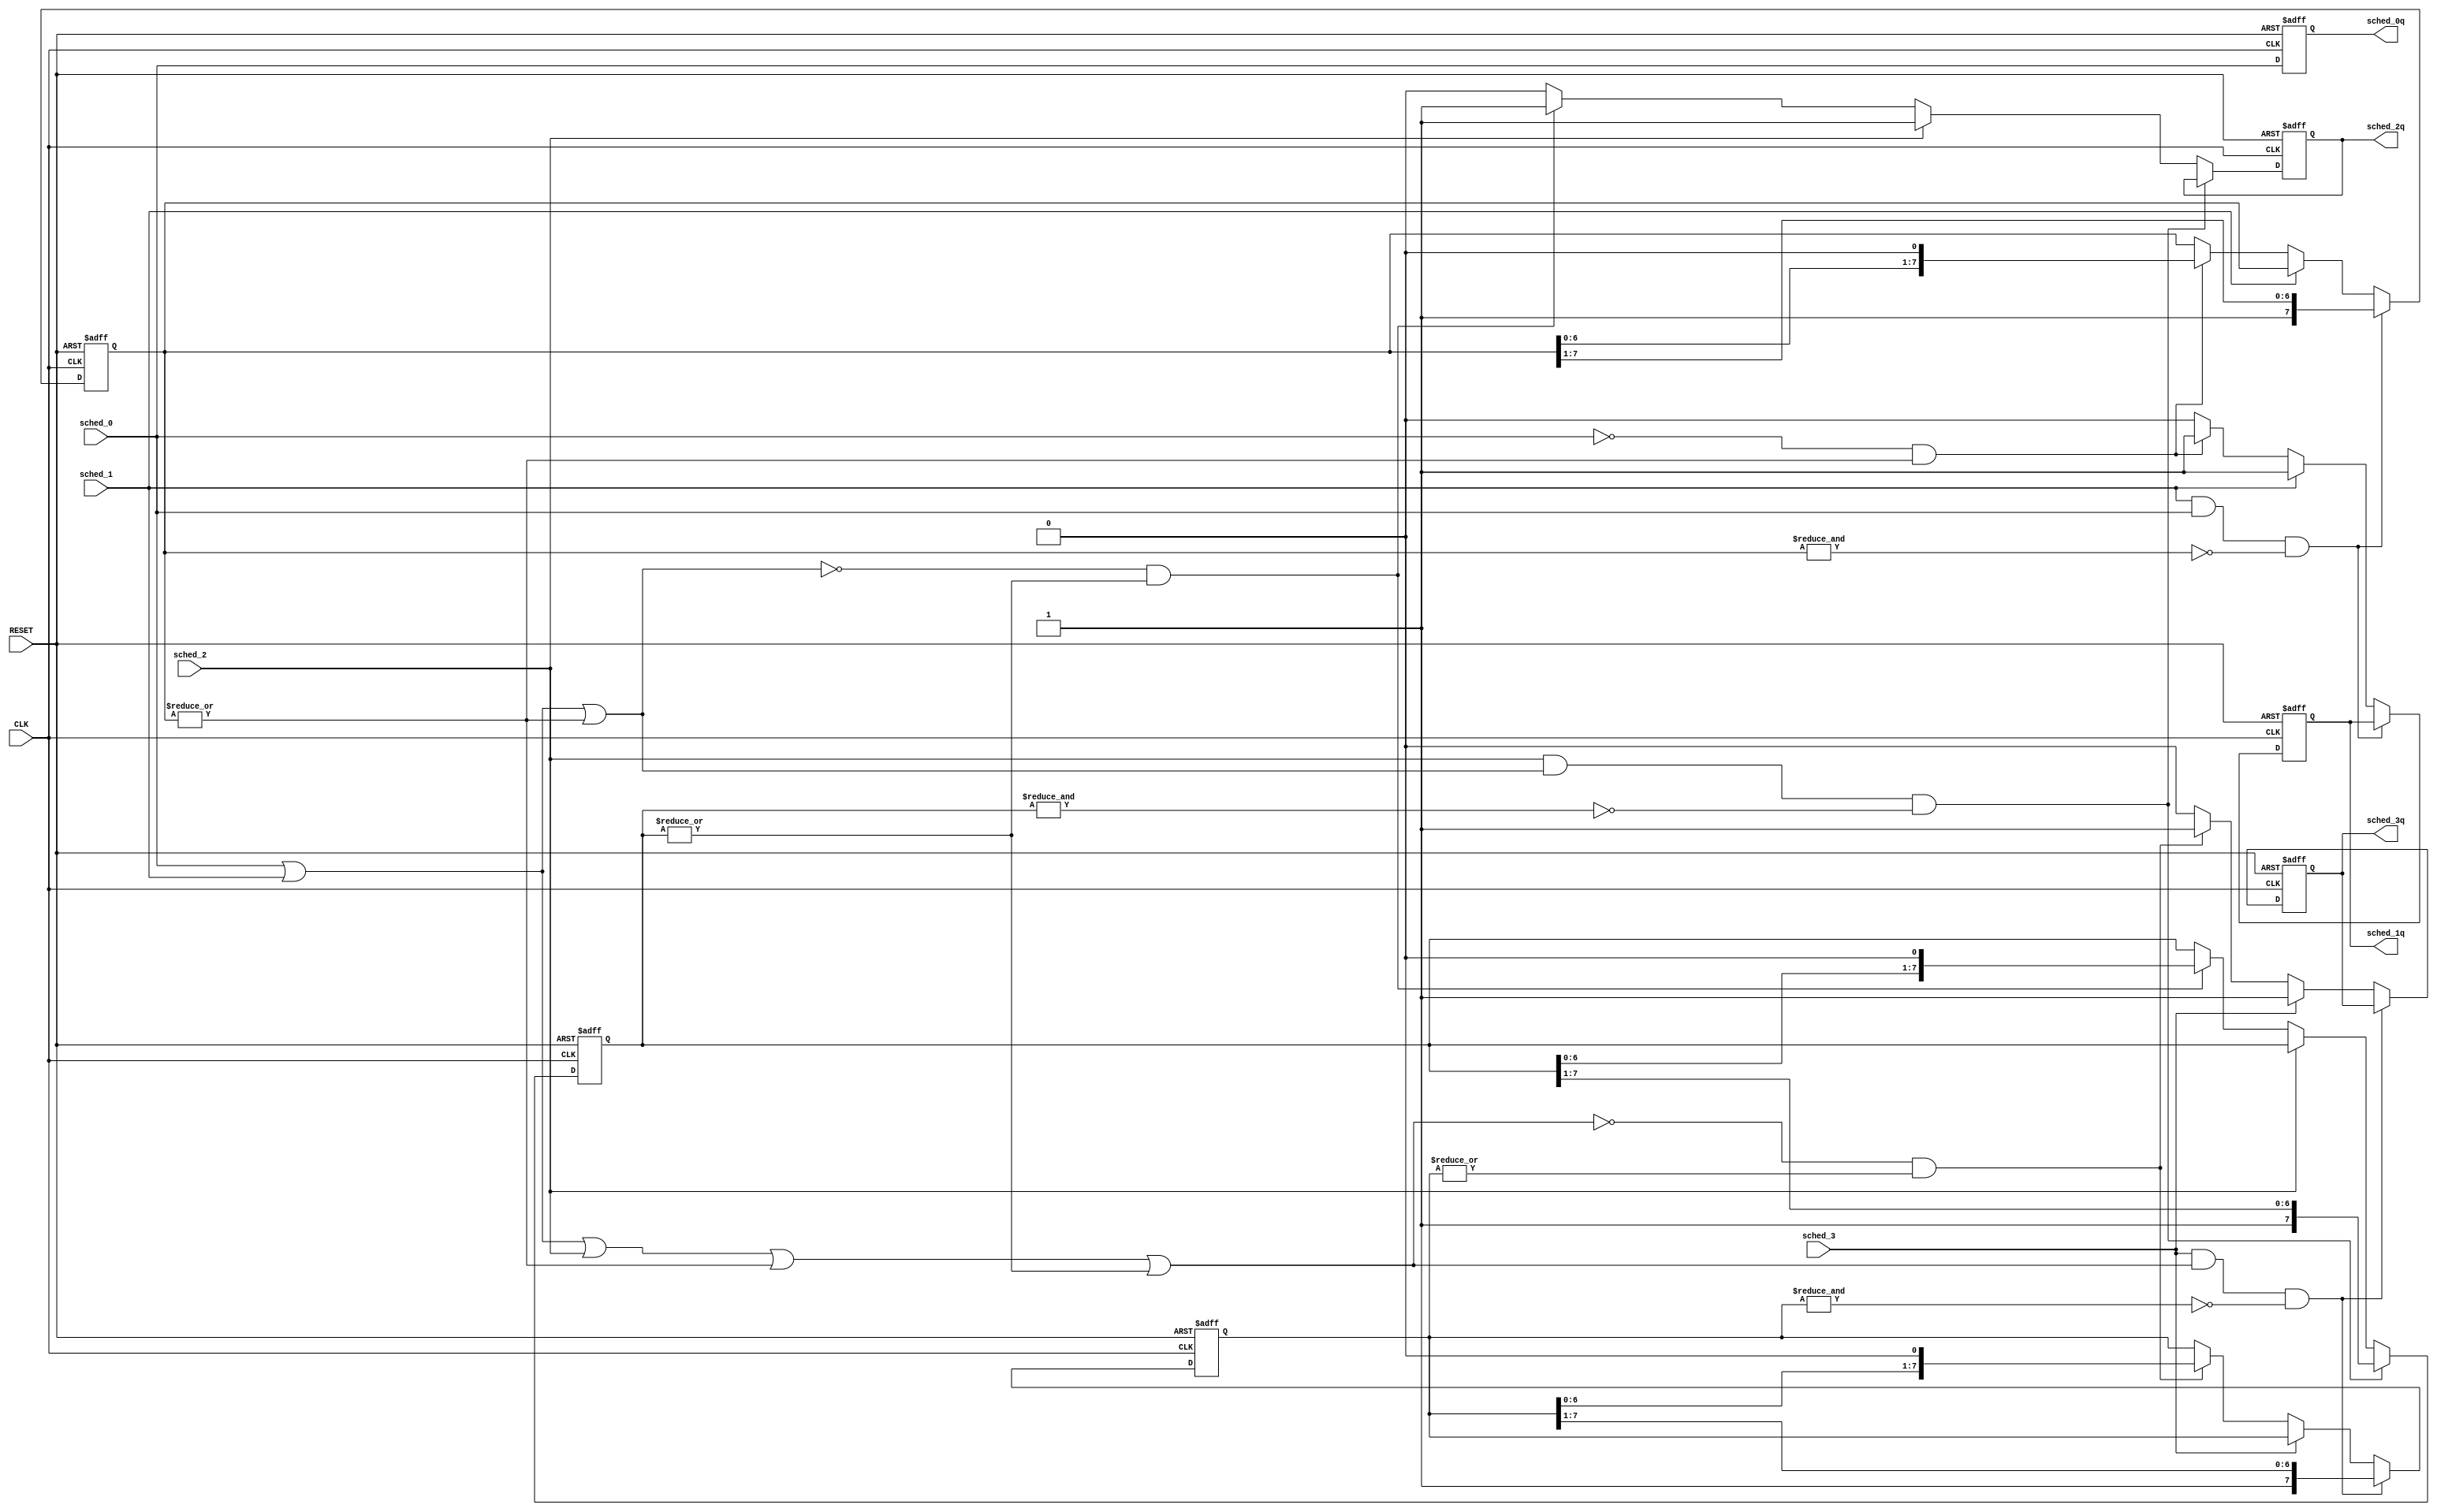
 `timescale 1ns/100ps
// sched_stack.v
// Copyright (C) 2014.  All rights reserved without prejudice.
 // Version:  1.22  January 18, 2016
 // Copyright (C) 2014-2016.  All rights reserved.
////////////////////////////////////////////////////////////////////////////////////////////////////////////////////
//                                                                                                                //
//             SYMPL 32-BIT RISC, COARSE-GRAINED SCHEDULER (CGS) and GP-GPU SHADER IP CORES                       //
//                              Evaluation and Product Development License                                        //
//                                                                                                                //
// Provided that you comply with all the terms and conditions set forth herein, Jerry D. Harthcock ("licensor"),  //
// the original author and exclusive copyright owner of these SYMPL 32-BIT RISC, COARSE-GRAINED SCHEDULER (CGS)   //
// and GP-GPU SHADER Verilog RTL IP cores and related development software ("this IP")  hereby grants             //
// to recipient of this IP ("licensee"), a world-wide, paid-up, non-exclusive license to implement this IP in     //
// Xilinx, Altera, MicroSemi or Lattice Semiconductor brand FPGAs only and used for the purposes of evaluation,   //
// education, and development of end products and related development tools only.  Furthermore, limited to the    //
// the purposes of prototyping, evaluation, characterization and testing of their implementation in a hard,       //
// custom or semi-custom ASIC, any university or institution of higher education may have their implementation of //
// this IP produced for said limited purposes at any foundary of their choosing provided that such prototypes do  //
// not ever wind up in commercial circulation with such license extending to said foundary and is in connection   //
// with said academic pursuit and under the supervision of said university or institution of higher education.    //
//                                                                                                                //
// Any customization, modification, or derivative work of this IP must include an exact copy of this license      //
// and original copyright notice at the very top of each source file and derived netlist, and, in the case of     //
// binaries, a printed copy of this license and/or a text format copy in a separate file distributed with said    //
// netlists or binary files having the file name, "LICENSE.txt".  You, the licensee, also agree not to remove     //
// any copyright notices from any source file covered under this Evaluation and Product Development License.      //
//                                                                                                                //
// LICENSOR DOES NOT WARRANT OR GUARANTEE THAT YOUR USE OF THIS IP WILL NOT INFRINGE THE RIGHTS OF OTHERS OR      //
// THAT IT IS SUITABLE OR FIT FOR ANY PURPOSE AND THAT YOU, THE LICENSEE, AGREE TO HOLD LICENSOR HARMLESS FROM    //
// ANY CLAIM BROUGHT BY YOU OR ANY THIRD PARTY FOR YOUR SUCH USE.                                                 //
//                                                                                                                //
// Licensor reserves all his rights without prejudice, including, but in no way limited to, the right to change   //
// or modify the terms and conditions of this Evaluation and Product Development License anytime without notice   //
// of any kind to anyone. By using this IP for any purpose, you agree to all the terms and conditions set forth   //
// in this Evaluation and Product Development License.                                                            //
//                                                                                                                //
// This Evaluation and Product Development License does not include the right to sell products that incorporate   //
// this IP, any IP derived from this IP.  If you would like to obtain such a license, please contact Licensor.    //
//                                                                                                                //
// Licensor can be contacted at:  SYMPL.gpu@gmail.com                                                             //
//                                                                                                                //
////////////////////////////////////////////////////////////////////////////////////////////////////////////////////

module sched_stack (
        CLK,
        RESET,
        sched_3,
        sched_2,
        sched_1,
        sched_0,
        sched_3q,
        sched_2q,
        sched_1q,
        sched_0q
        );
    
input   CLK,
        RESET,
        sched_3,
        sched_2,
        sched_1,
        sched_0;
        
output  sched_3q,
        sched_2q,
        sched_1q,
        sched_0q;
        

reg [7:0] thread3q,        
          thread2q,
          thread1q;

reg     sched_3q,
        sched_2q,
        sched_1q,
        sched_0q;
        

wire    sched_3,
        sched_2,
        sched_1,
        sched_0;

wire    sched_3q_empty,
        sched_2q_empty,
        sched_1q_empty;

wire    sched_3q_full,
        sched_2q_full,
        sched_1q_full;
        
wire    sched_3_blocked;
        
assign sched_3_blocked = sched_0 | sched_1 | sched_2 | ~sched_1q_empty | ~sched_2q_empty; 

assign  sched_3q_empty = ~|thread3q;
assign  sched_2q_empty = ~|thread2q;
assign  sched_1q_empty = ~|thread1q;

assign  sched_3q_full = &thread3q;
assign  sched_2q_full = &thread2q;
assign  sched_1q_full = &thread1q;

always @(posedge CLK or posedge RESET) begin
    if (RESET) begin
         thread3q <= 8'b00000000;              
         thread2q <= 8'b00000000;
         thread1q <= 8'b00000000;
         sched_0q <= 1'b0;
         sched_1q <= 1'b0;
         sched_2q <= 1'b0;
         sched_3q <= 1'b0;
    end
    else begin

        sched_0q <= sched_0; 
    
        if ((sched_1 && sched_0 && ~sched_1q_full))
            thread1q[7:0] <= {1'b1, thread1q[7:1]};       // sched 1 push
        else if (sched_1) sched_1q <= 1'b1;
        else if (~sched_0 && ~sched_1q_empty) begin
            sched_1q <= 1'b1; 
            thread1q[7:0] <= {thread1q[6:0], 1'b0};  // sched 1 pop
        end    
        else sched_1q <= 1'b0;      
          
        if ((sched_2 && (sched_0 | sched_1 | ~sched_1q_empty) && ~sched_2q_full))
            thread2q[7:0] <= {1'b1, thread2q[7:1]};       // sched 2 push
        else if (sched_2) sched_2q <= 1'b1;
        else if (~(sched_0 | sched_1 | ~sched_1q_empty) && ~sched_2q_empty) begin
            sched_2q <= 1'b1; 
            thread2q[7:0] <= {thread2q[6:0], 1'b0};  // sched 2 pop
        end
        else sched_2q <= 1'b0; 

        if ((sched_3 && sched_3_blocked && ~sched_3q_full))
            thread3q[7:0] <= {1'b1, thread3q[7:1]};       // sched 3 push
        else if (sched_3) sched_3q <= 1'b1;
        else if (~sched_3_blocked && ~sched_3q_empty) begin
            sched_3q <= 1'b1; 
            thread3q[7:0] <= {thread3q[6:0], 1'b0};  // sched 3 pop
        end      
        else sched_3q <= 1'b0;       
    end
end                                                                    
endmodule